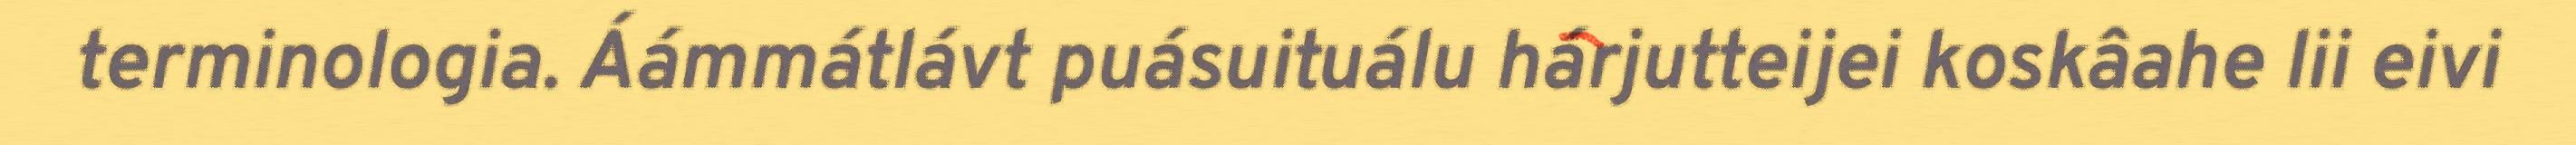
terminologia. Áámmátlávt puásuituálu hárjutteijei koskâahe lii eivi